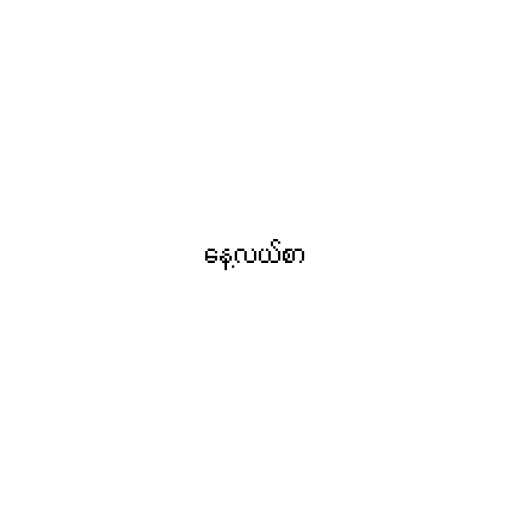
နေ့လယ်စာ